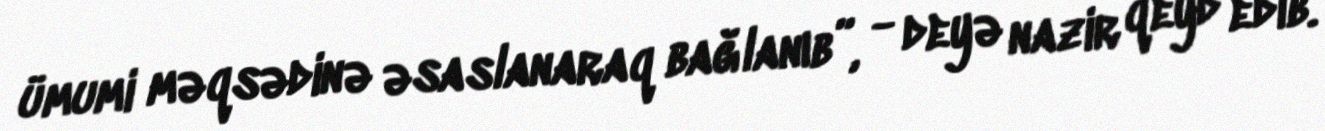
ümumi məqsədinə əsaslanaraq bağlanıb”, - deyə nazir qeyd edib.